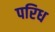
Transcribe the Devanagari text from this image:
परिध